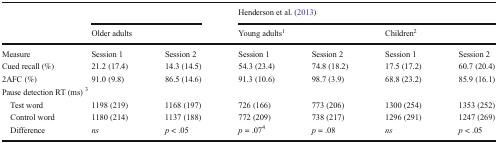
<table><thead><tr><td rowspan="2"></td><td colspan="2"></td><td colspan="4"><b>Henderson et al. (2013)</b></td></tr><tr><td colspan="2"><b>Older adults</b></td><td colspan="2"><b>Young adults<sup>1</sup></b></td><td colspan="2"><b>Children<sup>2</sup></b></td></tr></thead><tbody><tr><td>Measure</td><td>Session 1</td><td>Session 2</td><td>Session 1</td><td>Session 2</td><td>Session 1</td><td>Session 2</td></tr><tr><td>Cued recall (%)</td><td>21.2 (17.4)</td><td>14.3 (14.5)</td><td>54.3 (23.4)</td><td>74.8 (18.2)</td><td>17.5 (17.2)</td><td>60.7 (20.4)</td></tr><tr><td>2AFC (%)</td><td>91.0 (9.8)</td><td>86.5 (14.6)</td><td>91.3 (10.6)</td><td>98.7 (3.9)</td><td>68.8 (23.2)</td><td>85.9 (16.1)</td></tr><tr><td colspan="7">Pause detection RT (ms) <sup>3</sup></td></tr><tr><td> Test word</td><td>1198 (219)</td><td>1168 (197)</td><td>726 (166)</td><td>773 (206)</td><td>1300 (254)</td><td>1353 (252)</td></tr><tr><td> Control word</td><td>1180 (214)</td><td>1137 (188)</td><td>772 (209)</td><td>738 (217)</td><td>1296 (291)</td><td>1247 (269)</td></tr><tr><td> Difference</td><td><i>ns</i></td><td><i>p</i> &lt; .05</td><td><i>p</i> = .07<sup>4</sup></td><td><i>p</i> = .08</td><td><i>ns</i></td><td><i>p</i> &lt; .05</td></tr></tbody></table>